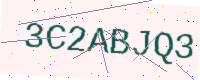
Text: 3C2ABJQ3